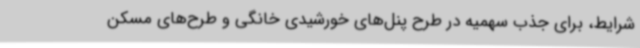
شرایط، برای جذب سهمیه در طرح پنل‌های خورشیدی خانگی و طرح‌های مسکن